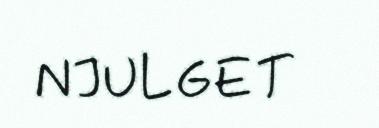
NJULGET